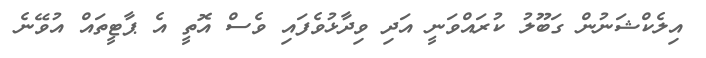
އިލެކްޝަނުން ގަބޫލު ކުރައްވަނީ އަދި ވިދާޅުވެފައި ވެސް އޮތީ އެ ޕާޓީތައް އުވޭނެ